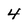
Character: 4